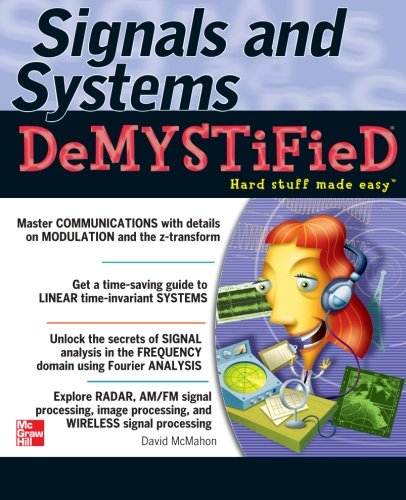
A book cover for Signals & Systems Demystified; David McMahon; Computers & Technology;